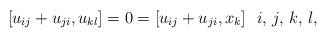
LaTeX: \begin{align*}[u_{ij}+u_{ji},u_{kl}]=0=[u_{ij}+u_{ji},x_k] \ \ i,\,j,\,k,\, l,\end{align*}